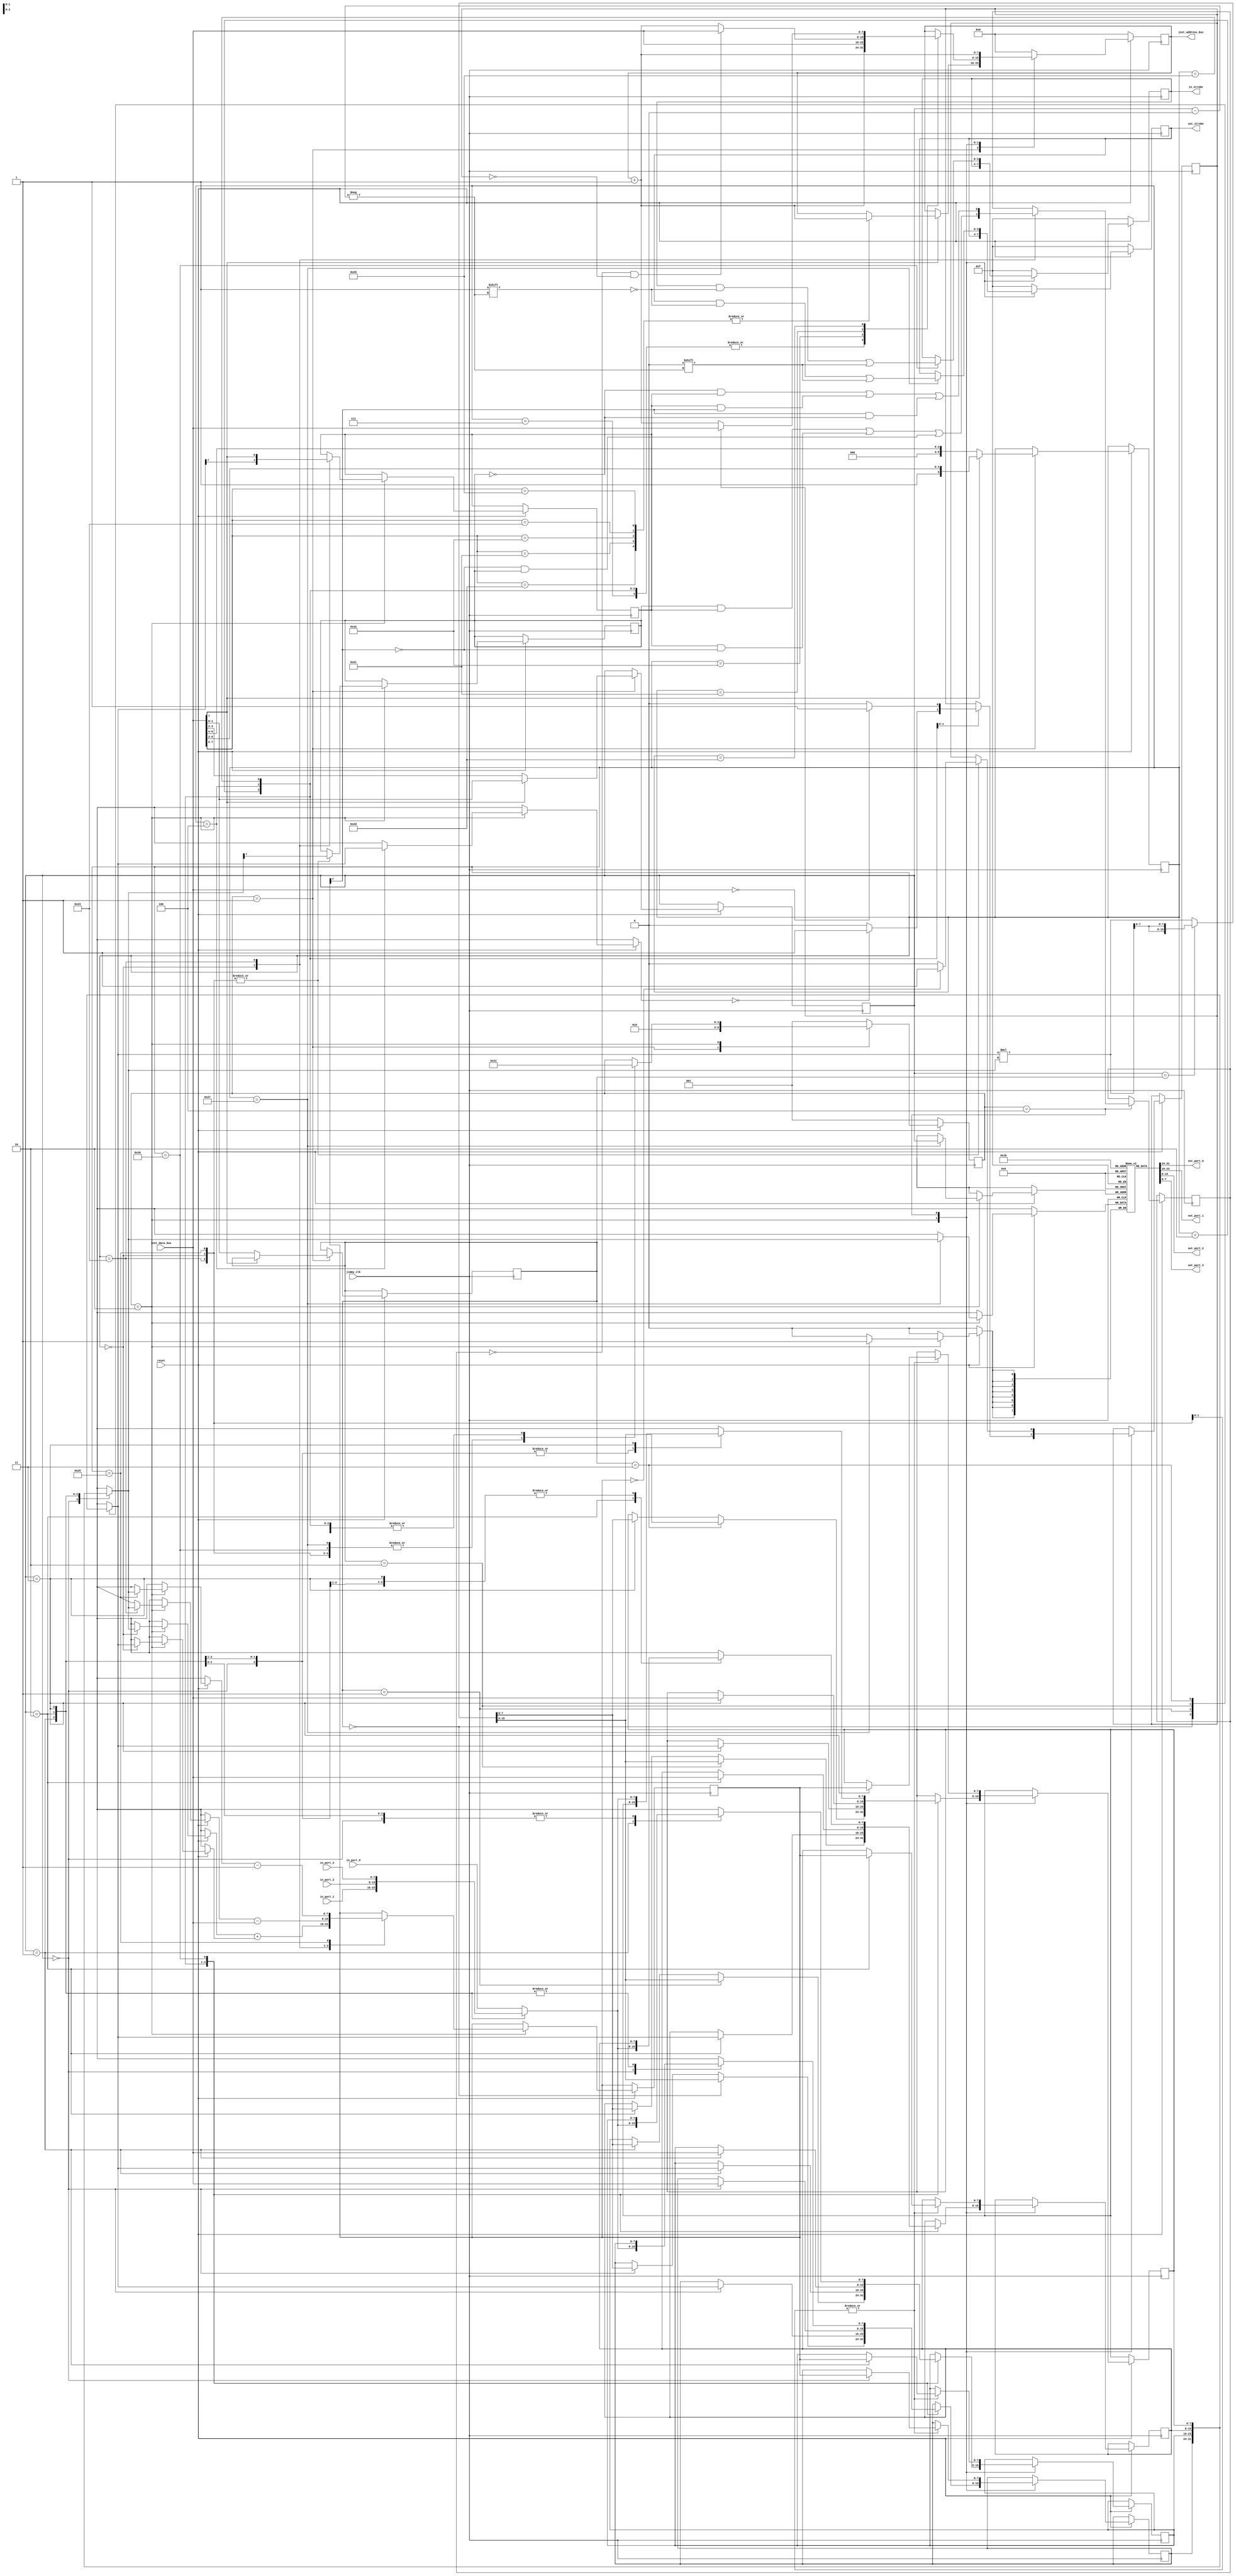
`timescale 1ns / 1ps
//////////////////////////////////////////////////////////////////////////////////
// Company: Closure Laboratories
// 
// Design Name: Jimmy, an 8-bit RISC soft processor
// Module Name: jimmy
// Project Name: Jimmy
// Target Devices: BASYS3 Board (Artix 7: XC7A35T-1CPG236C)
//                 DE0-CV Board (Intel Cyclone V: 5CEBA4F23C7N)
// Tool Versions: Xilinx Vivado 2019, Quartus Prime 19.1, Lattice Diamond
// Description: A basic 8-bit processor for a CPU design course.
// 
// Dependencies: 
// 
// Revision:
// Revision 0.01 - File Created
// Additional Comments:
// 
//////////////////////////////////////////////////////////////////////////////////

// Opcodes
`define ADD_REG  6'b000000
`define MUL      6'b000010
`define MOV      6'b000100
`define NOP      6'b000111
`define LD_IMM   6'b100000
`define CMP_IMM  6'b100011
`define DEC      6'b100101
`define INPUT    6'b100110
`define OUTPUT   6'b100111
`define BRA      6'b101010
`define BHI      6'b101100
`define BEQ      6'b101101

// Control Logic States, One-Hot Encoded
`define FETCH      3'b001
`define EXECUTE    3'b010
`define WRITE_BACK 3'b100

module jimmy(
    input jimmy_clk,
    input reset,
    input  [7:0]  in_port_0,
    input  [7:0]  in_port_1,
    input  [7:0]  in_port_2,
    input  [7:0]  in_port_3,
    output [7:0] out_port_0,
    output [7:0] out_port_1,
    output [7:0] out_port_2,
    output [7:0] out_port_3,
    output reg [3:0] in_strobe,
    output reg [3:0] out_strobe,
    input  [7:0] inst_data_bus,
    output [7:0] inst_address_bus
    );
    
    // Registers
    reg [7:0] r[3:0]; // Register Bank
    reg [7:0] pc;     // Program Counter to Program Memory
    reg [7:0] sp;     // Stack Pointer to Data Memory
    reg Z;  // Zero Flag
    reg C;  // Carry Bit
    reg N;  // Negative Flag
    reg V;  // Overflow Flag
    
    // Data Memory
    reg [7:0] mem [255:0];  // The memory implemented as an array
    
    // State Machine
    reg [2:0] state;
    
    // Special Registers
    reg [5:0] instruction;
    reg [1:0] ra;
    reg [1:0] rb;
    reg A7;
    reg B7;
    reg [7:0] result;
    
    wire [7:0]  in_port [3:0];
    reg  [7:0] out_port [3:0];
    
    // Signals and Wiring
    wire [5:0] cat1_opcode;
    wire [5:0] cat2_opcode;
    wire [1:0] cat1_ra;
    wire [1:0] cat1_rb;
    wire [1:0] cat2_ra;
    wire [7:0] argument;
    wire R7;
    
    wire [7:0] r0;     // These four signals
    wire [7:0] r1;     // make the cpu registers
    wire [7:0] r2;     // available as signals to
    wire [7:0] r3;     // the waveform simulator.
    assign r0 = r[0];  // This issue came un
    assign r1 = r[1];  // in EDAPlayground when 
    assign r2 = r[2];  // EDWave wouldn't show
    assign r3 = r[3];  // the registers as signals.
    
    assign inst_address_bus = pc;
    assign cat1_opcode = {2'b00,inst_data_bus[7:4]};
    assign cat2_opcode = inst_data_bus[7:2];
    assign cat1_ra = inst_data_bus[3:2];
    assign cat1_rb = inst_data_bus[1:0];
    assign cat2_ra = inst_data_bus[1:0];
    assign argument = inst_data_bus;
    assign R7 = result[7];
    assign  in_port[0] = in_port_0;
    assign  in_port[1] = in_port_1;
    assign  in_port[2] = in_port_2;
    assign  in_port[3] = in_port_3;
    assign out_port_0 = out_port[0];
    assign out_port_1 = out_port[1];
    assign out_port_2 = out_port[2];
    assign out_port_3 = out_port[3];
    
    wire [15:0] mult;
    assign mult  = r[rb] *r[ra];
    
    // Procedural Code
    
    always @(posedge(jimmy_clk)) begin
        if (reset == 0) begin
            state <= `FETCH;
            pc    <= 8'b0000_0000;
            sp    <= 8'b1111_1111;
            in_strobe  <= 4'b1111; 
            out_strobe <= 4'b1111;
        end
        else begin
            case(state)
                `FETCH: begin
                    in_strobe  <= 4'b1111;
                    out_strobe <= 4'b1111;
                    if (inst_data_bus[7]==1'b0) begin // Instruction Category 
                        instruction <= cat1_opcode;   // Category 1
                        ra <= cat1_ra;
                        rb <= cat1_rb;
                    end
                    else begin                        // Category 2
                        instruction <= cat2_opcode;
                        ra <= cat2_ra;
                        case(cat2_opcode)
                            `LD_IMM,
                            `CMP_IMM, 
                            `BRA, 
                            `BHI,
                            `BEQ:  pc <= pc + 8'd1;
                        endcase
                    end
                    state <= `EXECUTE;
                end
                `EXECUTE: begin
                    case(instruction)
                        `ADD_REG: begin
                            result <= r[ra] + r[rb];
                            A7 <= r[ra][7];
                            B7 <= r[rb][7];
                            state <= `WRITE_BACK;
                        end
                        `MUL: begin
                            {r[rb],r[ra]} <= (ra==rb)?{mult[7:0],mult[7:0]}:(mult);
                            pc <= pc + 8'd1;
                            state <= `FETCH;
                        end      
                        `MOV: begin
                            r[ra] <= r[rb];
                            Z <= (r[rb]==8'd0)?1'b1:1'b0;
                            N <= r[rb][7];
                            V <= 0;
                            pc <= pc + 8'd1;
                            state <= `FETCH;
                        end
                        `NOP: begin
                            pc <= pc + 8'd1;
                            state <= `FETCH;
                        end
                        `LD_IMM: begin
                            r[ra] <= argument;
                            Z <= (argument==8'd0)?1'b1:1'b0;
                            N <= argument[7];
                            V <= 0;
                            pc <= pc + 8'd1;
                            state <= `FETCH;
                        end
                        `CMP_IMM: begin
                            result <= r[ra] - argument;
                            A7 <= r[ra][7];
                            B7 <= argument[7];
                            state <= `WRITE_BACK;
                        end
                        `DEC: begin
                            result <= r[ra] - 8'd1;
                            A7 <= r[ra][7];
                            state <= `WRITE_BACK;
                        end   
                        `INPUT: begin
                            r[ra] = in_port[ra];
                            state <= `WRITE_BACK;
                        end
                        `OUTPUT: begin
                            out_port[ra] = r[ra];
                            state <= `WRITE_BACK;
                        end                        
                        `BRA: begin
                            pc <= argument;
                            state <= `FETCH;
                        end                         
                        `BHI: begin          //   11111111 > 00000000
                            if(C==0 && Z==0) 
                                pc <= argument;
                            else
                                pc <= pc + 8'd1;
                            state <= `FETCH;
                        end
                        `BEQ: begin
                            if(Z==1) 
                                pc <= argument;
                            else
                                pc <= pc + 8'd1;
                            state <= `FETCH;
                         end 
                    endcase
                end
                `WRITE_BACK: begin
                    case(instruction)
                        `ADD_REG: begin
                            r[ra] <= result;
                            V <= (A7&B7&~R7)|(~A7&~B7&R7);
                            N <= R7;
                            Z <= (result==8'd0)?1'b1:1'b0;
                            C <= (A7&B7)|(B7&~R7)|(~R7&A7);
                        end
                        `CMP_IMM: begin
                            V <= (A7&~B7&~R7)|(~A7&B7&R7);
                            N <= R7;
                            Z <= (result==8'd0)?1'b1:1'b0;
                            C <= (~A7&B7)|(B7&R7)|(R7&~A7);
                        end
                        `DEC: begin
                            r[ra] <= result;
                            V <= ~R7&A7;
                            N <= R7;
                            Z <= (result==8'd0)?1'b1:1'b0;
                        end   
                        `INPUT: 
                            in_strobe[ra] = 1'b0;
                        `OUTPUT:
                            out_strobe[ra] = 1'b0;
                    endcase
                    pc <= pc + 8'd1;
                    state <= `FETCH;
                end
                default: begin
                    state <= `FETCH;
                    pc    <= 8'b0000_0000;
                    sp    <= 8'b1111_1111;
                    in_strobe  <= 4'b1111; 
                    out_strobe <= 4'b1111;
                end
            endcase
        end        
	end
endmodule